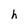
Character: h